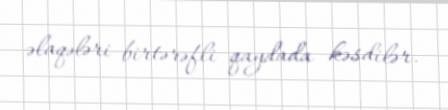
əlaqələri birtərəfli qaydada kəsdilər.